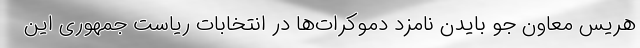
هریس معاون جو بایدن نامزد دموکرات‌ها در انتخابات ریاست جمهوری این